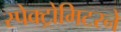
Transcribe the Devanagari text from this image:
स्पेक्ट्रोमिटरने